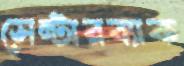
সেন্টারব্যাক